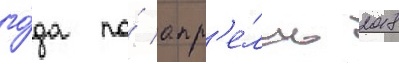
го́да по́ апр'е́ль 2018